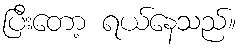
ပြီးတော့ ရယ်နေသည်။